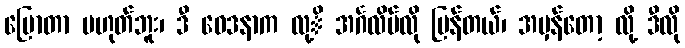
ပြောတာ မဟုတ်ဘူး၊ ဒီ ဝေဒနာက လု့ိ အင်္ဂလိပ်လို ပြန်တယ်၊ အမှန်တော့ လို့ ဒီလို